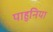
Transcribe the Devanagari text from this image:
पाहुनिया